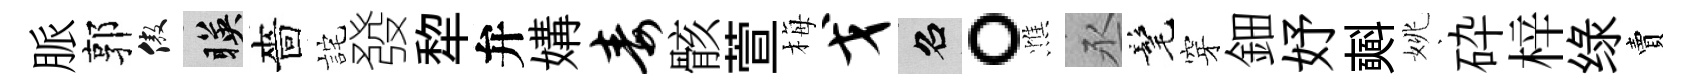
脈郭傲暎嗇詫發犂弁媾毒骸萱梅戈召。憔丞髦穿鈿妤𣂏姚砕梓绿賣